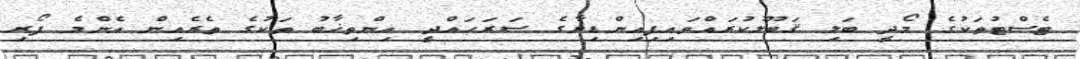
ޓެސްޓުތަކުގެ މޯދީ ބަލި ޤަބޫލުކުރައްވައިފިއިންޑިޔާގެ ސަރަހައްދީ އިންތިޚާބު ތަކުގެ ތެރެއިން އެންމެ ފޯރި